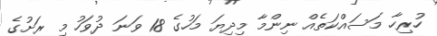
ހުރިހާ މަސައްކަތެއް ނިންމާ މިދިޔަ މަހުގެ 18 ވަނަ ދުވަހު މި ރަށުގެ